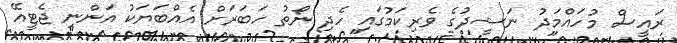
ރައީސް މުހައްމަދު ނަޝީދުގެ ވެރިކަމުގައި ހެދި ނޯތު ހަބަރަށް އެއްބަޔަކު އަންނި ޖެޓީއޭ